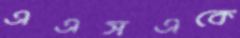
এএসএকে